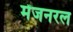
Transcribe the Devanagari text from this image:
मेंजनरल